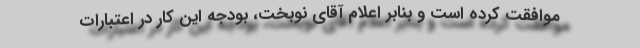
موافقت کرده است و بنابر اعلام آقای نوبخت، بودجه این کار در اعتبارات